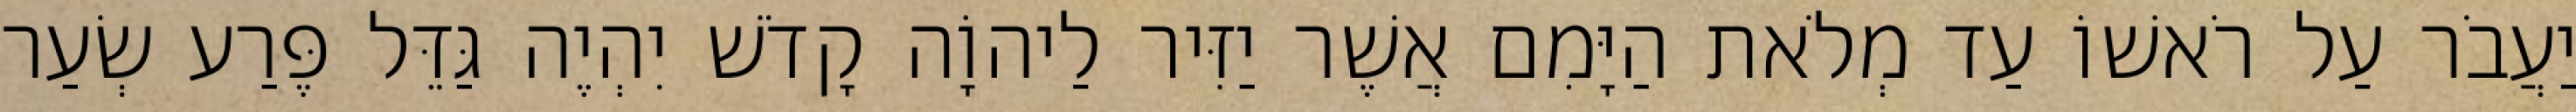
יַעֲבֹר עַל רֹאשׁוֹ עַד מְלֹאת הַיָּמִם אֲשֶׁר יַזִּיר לַיהוָֹה קָדֹשׁ יִהְיֶה גַּדֵּל פֶּרַע שְׂעַר